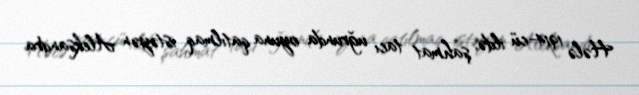
Hələ 1914-cü ildə, şahmat tacı uğrunda oyuna qatılmaq istəyən Aleksandra